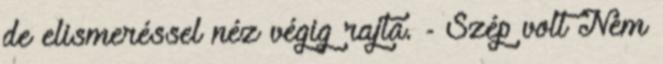
de elismeréssel néz végig rajta. - Szép volt Nem